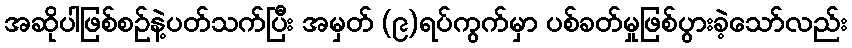
အဆိုပါဖြစ်စဉ်နဲ့ပတ်သက်ပြီး အမှတ် (၉)ရပ်ကွက်မှာ ပစ်ခတ်မှုဖြစ်ပွားခဲ့သော်လည်း